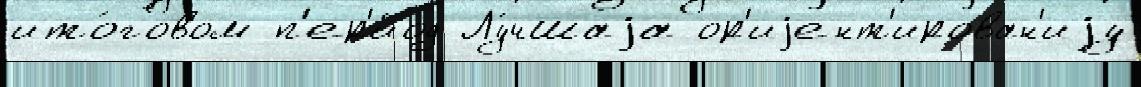
ито́говом п'ер'и́од Лу́чшаjа ор'иjент'ирован'иjу